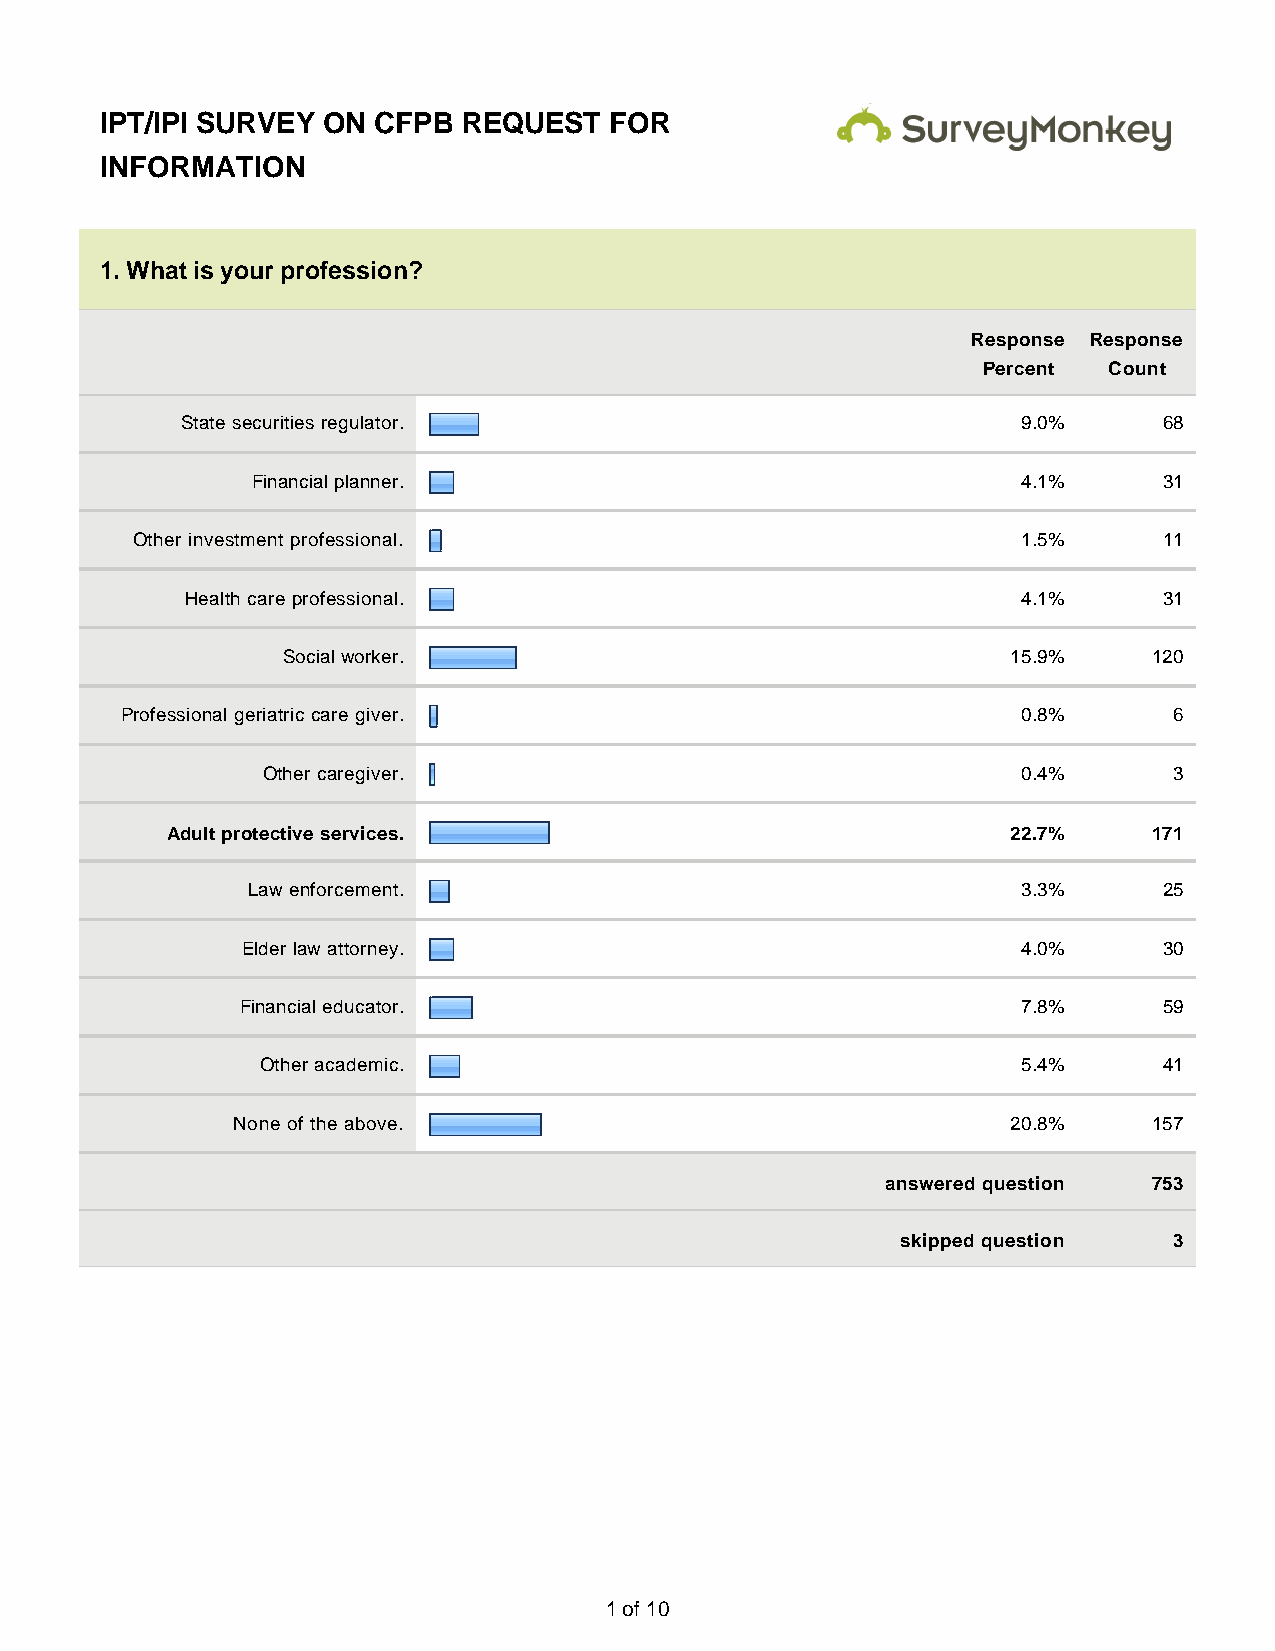
IPT/IPI SURVEY ON CFPB  REQUEST  FOR
 INFORMATION
 1. What is your profession?
 Response Response
 Percent Count
 State securities regulator.                             9.0%     68
 Financial planner.                                 4.1%     31
 Other investment professional.                             1.5%     11
 Health care professional.                               4.1%     31
 Social worker.                                  15.9%    120
 Professional geriatric care giver.                          0.8%      6
 Other caregiver.                                   0.4%      3
 Adult protective services.                              22.7%    171
 Law enforcement.                                    3.3%     25
 Elder law attorney.                                 4.0%     30
 Financial educator.                                 7.8%     59
 Other academic.                                    5.4%     41
 None of the above.                                  20.8%    157
 answered question 753
 skipped question  3
 1 of 10